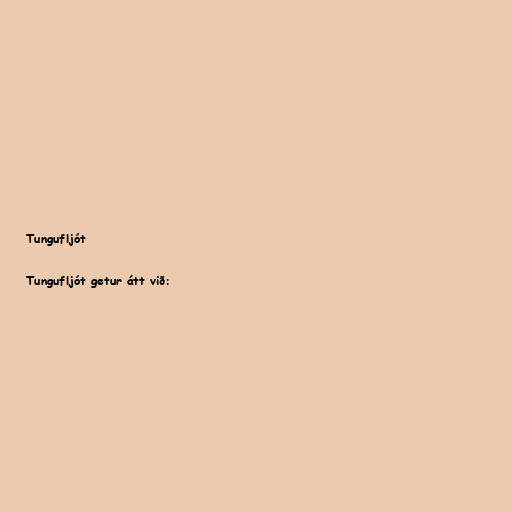
Tungufljót

Tungufljót getur átt við: